Vaccination in Bombay 1913-1923 - 1913-1923
Year: 1913
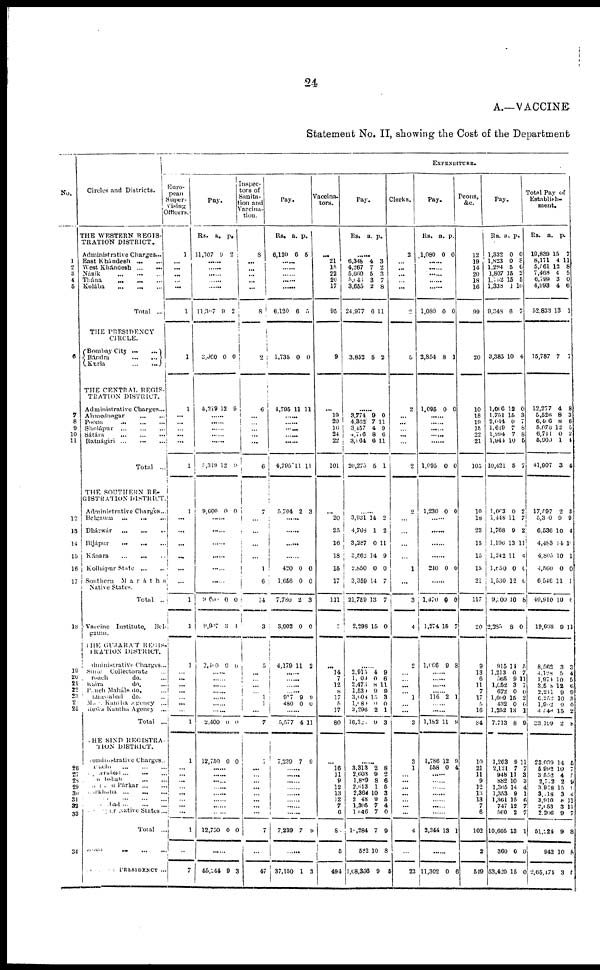
24
A.—VACCINE
Statement No. II, showing the Cost of the Department
No.
1
2 3
4
5
6
7
8
9
10
11
12
13
14
15
16
17
18
19
20
21
22
23
24
25
26
27
28
29
30
31
32
33
34
Circles and Districts.
THE WESTERN REGIS-
TRATION DISTRICT.
Administrative Charges...
East Khándesh
...
...
West Khándesh
...
...
Násik
...
...
...
Thána ... ... ...
Kolába
...
...
...
Total
...
THE PRESIDENCY
CIRCLE.
Bombay City
...
...
Bándra
...
...
Kurla
...
...
THE CENTRAL REGIS-
TRATION DISTRICT.
Administrative Charges...
Ahmednagar
...
...
Poona
...
...
...
Sholápur
...
...
...
Sátára
...
...
...
Ratnágiri
...
...
...
Total ...
THE SOUTHERN RE-
GISTRATION DISTRICT
Administrative Charges..
Belgaum
...
...
...
Dhárwár
...
...
...
Bijápur
...
...
...
Kánara
...
...
...
Kolhápur State
...
...
Southern
Marátha
Native States.
Total ...
Vaccine Institute, Bel-
gaum.
THE GUJARAT REGIS-
TRATION DISTRICT.
Administrative Charges ...
Surat Collectorate
...
Broach do.
...
Kaira
do. ...
Panch Maháls do. ...
Ahmedabad
do. ...
Mahi
Kántha Agency
...
Rewa Kántha
Ageney ...
Total ..
THE SIND REGISTRA-
TION DISTRICT.
Administrative Charges ...
Karáchi ... ... ...
Hyderabad ... ... ...
Nawabshah ... ... ..
Thar and Párkar ... ...
Lárkhána ... ... ...
Sukkur ... ... ...
Jacobabad ... ... ...
Khairpur Native Stated ...
Total ...
Aden ... ... ...
TOTAL OF PRESIDENCY ...
EXPENDITURE.
Euro-
pean
Super-
vising
Officers.
1
...
...
...
... ...
1
1
1
...
...
...
...
...
1
1
...
...
...
...
...
...
1
1
1
...
...
...
...
...
...
...
1
1
...
...
...
...
...
...
...
...
1
...
7
Pay.
Rs.
11,307
a.
9
p.
2
......
......
......
......
......
11,397
3,960
5,319
9
0
12
2
0
9
......
......
......
......
5,319
9,600
12
0
9
0
......
......
......
......
......
......
9,600
9,907
2,30
0
3
0
0
7
0
......
......
......
......
......
......
......
2,400
12,750
0
0
0
0
......
......
......
......
......
......
......
......
12,750 0 0
......
55,244 9 3
Inspec-
tors of
Sanita-
tion and
Vaccina-
tion.
8
...
...
...
...
...
8
2
6
...
...
...
...
...
6
7
...
...
...
...
1
6
14
3
5
...
...
...
...
1
1
...
7
7
...
...
...
...
...
...
...
...
7
...
47
Pay.
Rs.
6,120
a.
6
p.
5
......
......
......
6,120
1,735
4,795
6
0
11
5
0
11
......
......
......
......
......
4,795
5,704
11
2
11
3
......
......
......
......
420
1,656
7,780
3,902
4,179
0
0
2
0
11
0
0
3
0
2
......
......
......
......
917
480
9
0
9
0
......
5,577
7,239
4
7
11
9
......
......
......
......
......
......
......
7,239 7 9
......
37,150 1 3
Vaccina-
tors.
...
21
15
22
20
17
95
9
...
19
20
16
24
22
101
...
20
25
16
18
15
17
111
7
...
14
7
12
8
17
6
17
80
...
16
11
9
12
13
12
7
6
8
5
494
Pay.
Rs. a. p.
......
6,348
4,267
5,660
5,046
3,655
24,977
3,852
4
7
5
3
2
6
5
3
2
3
7
8
11
2
......
3,774
4,362
3,457
4,716
3,964
20,275
...
3,931
4,768
3,287
3,562
2,850
3,359
21,769
2,298
9
7
4
8
6
5
...
14
1
0
14
0
14
13
15
0
11
9
6
11
1
...
2
2
11
9
0
7
7
0
......
2,915
1, 03
2,476
1,53
3,608
1,081
3,296
16,320
4
0
8
9
15
0
2
9
9
6
11
9
3
0
1
3
......
3,313
2,603
1,881
2,613
2,364
2, 48
1,305
1,046
18,284
582
1,08,356
2
9
8
1
10
9
7
7
7
10
9
8
2
6
6
3
5
4
0
9
8
5
Clerks.
2
...
...
...
...
...
2
5
2
...
...
... ...
...
2
2
...
...
...
...
1
...
3
4
2
...
...
...
... 1
...
...
3
3
1
...
...
...
...
...
...
...
4
...
23
Pay.
Rs.
1,080
a.
0
p.
0
......
......
......
......
......
1,080
2,854
1,095
0
8
0
0
1
0
......
......
......
......
......
1,095
1,230
0
0
0
0
......
......
......
......
240 0 0
......
1,470
1,274
1,066
9
15
9
0
7
8
......
......
......
......
116 2 1
......
......
1,182
1,786
558
11
12
0
9
9
4
......
......
......
......
......
......
2,344 13 1
......
11,305 0 6
Peons,
&c.
12
19
14
20
18
16
99
20
10
18
19
15
22
21
105
10
18
23
15
15
15
21
117
20
9
13
6
11
7
17
5
16
84
10
21
11
9
12
13
13
7
6
102
2
519
Pay.
Rs.
1,332
1,823
1,294
1,807
1,752
1,338
9,348
3,385
1,006
1,751
2,044
1,619
1,994
1,944
10,421
1,063
1,448
1,768
1,196
1,242
1,850
1,530
9, 300
2,285
915
1,213
565
1,052
672
1,609
432
1,252
7,713
1,263
2,121
948
882
1,365
1,353
1,361
747
560
10,605
360
53,420
a.
0
0
5
15
15
1
6
10
12
15
0
7
7
10
5
0
11
9
13
11
0
12
10
8
14
0
9
3
0
15
0
13
8
9
7
11
10
14
9
15
12
2
13
0
15
p.
0
8
0
5 5
10
7
4
0
3
7
8
8
5
7
2
7
2
11
4
0
6
8
0
5
7
11
7
0 2
0 1
9
11
7
3
3 4
1 6
7
7
1
0
0
Total Pay of
Establish-
ment.
Rs.
19,839
8,171
5,761
7,468
6,799
4,993
52,833
15,787
12,277
5,526
6,406
5,076
6,711
5,909
41,907
17,597
5,380
6,536
4,483
4,805
4,560
6,546
49,910
19,668
8,562
4,128
1,974
3,508
2,211
6,252
1,992
4,448
33,199
23,039
5,992
3,552
2,772
3,978
3,718
3,910
2,453
2,206
51,224
942
2,65,474
a.
15
4
12
4
3
4
13
7
4
8
8
12
0
1
3
2
9
10
14
10
0
11
10
9
3
5
10
12
9
10
0
15
2
14
10
4
2
15
3
8
3
9
9
10
3
p.
7
11
8
5
0
6
1
7
8
3
6
5
2
4
4
5
9
4
10
1
0
1
6
11
3
4
5
6 9
3
0
2
8
5
7 5
9
4 4
11
11
7
8
8
5